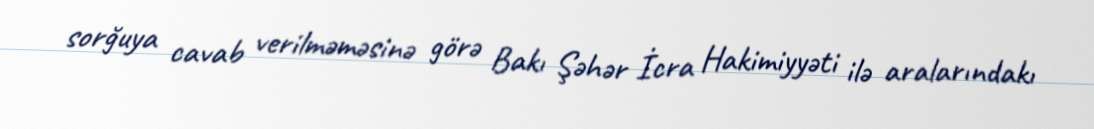
sorğuya cavab verilməməsinə görə Bakı Şəhər İcra Hakimiyyəti ilə aralarındakı